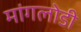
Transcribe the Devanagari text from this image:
मांगलोडी